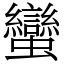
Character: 蠻